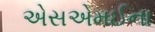
એસએમઈના